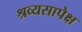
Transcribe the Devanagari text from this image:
श्रव्यसापेक्ष